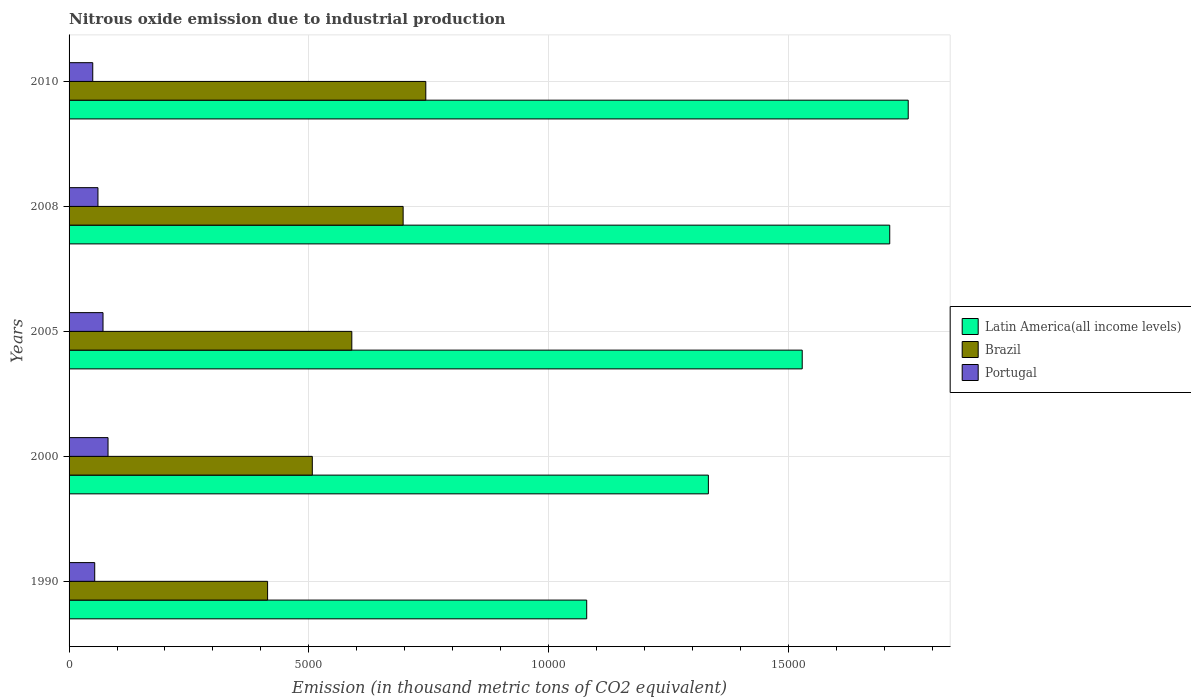
| Years | Latin America(all income levels) | Brazil | Portugal |
 | --- | --- | --- | --- |
 | 1990 | 1.08e+04 | 4.14e+03 | 535 |
 | 2000 | 1.33e+04 | 5.07e+03 | 813 |
 | 2005 | 1.53e+04 | 5.9e+03 | 708 |
 | 2008 | 1.71e+04 | 6.97e+03 | 602 |
 | 2010 | 1.75e+04 | 7.44e+03 | 494 |